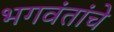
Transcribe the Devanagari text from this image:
भगवंतांचे